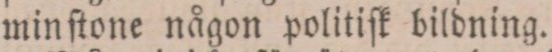
minſtone någon politiſk bildning.